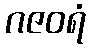
ဂဇဝရံ